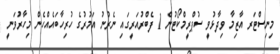
މިނިސްޓަރ އާޒިމާ ވިދާޅުވީ ސުޕްރީމްކޯޓުން 1 ފެބްރުއަރީގައި ނެރުނު އަމުރުގެ ހުރިހާބައެއްހެން މިހާރުވަނީ